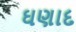
ઘણાદ